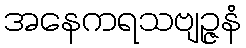
အနေကရသဗျဉ္ဇနံ